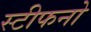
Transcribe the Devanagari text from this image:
स्टीफनो